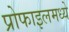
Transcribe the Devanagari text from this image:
प्रोफाइलमध्ये